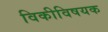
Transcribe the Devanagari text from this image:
विकीविषयक